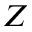
Z